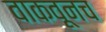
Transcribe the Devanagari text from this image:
वाकवूनच